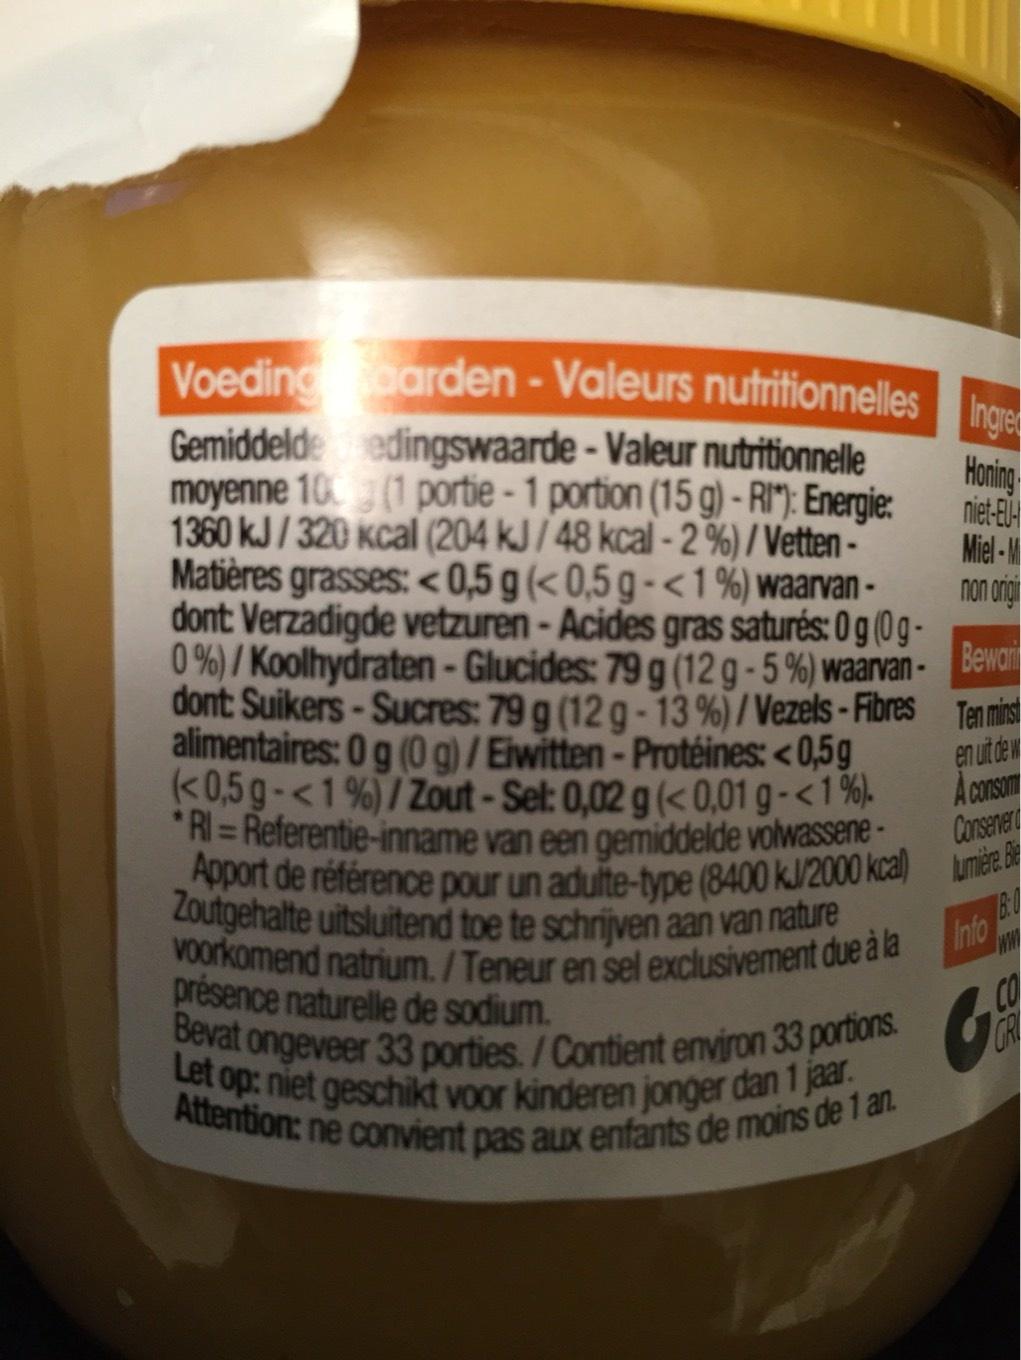
Voeding garden - Valeurs nutritionnelles
Gemiddelde edingswaarde - Valeur nutritionnelle moyenne 10 (1 portie - 1 portion (15 g) - RI*): Energie: 1360 kJ/320 kcal (204 kJ/48 kcal-2%)/VettenMatières grasses: <0,5 g (<0,5 g <1 %) waarvan - dont Verzadigde vetzuren-Acides gras saturés: 0g (0g0%)/Koolhydraten-Glucides: 79 g (12 g -5%) waarvan - dont Suikers-Sucres: 79 g (12 g -13%) / Vezels-Fibres alimentaires: 0 g (0 g) / Eiwitten - Protéines: <0,5g (<0,5 g <1%) / Zout-Sel: 0,02 g (<0,01 g-<1%). *RI = Referentie-inname van een gemiddelde volwasseneApport de référence pour un adulte-type (8400 kJ/2000 kcal) me Zoutgehalte uitsluitend toe te schrijven aan van nature voorkomend natrium./Teneur en sel exclusivement due à la
présence naturelle de sodium.
Bevat ongeveer 33 porties./Contient environ 33 portions. Let op: niet geschikt voor kinderen jonger dan 1 jaar. Attention: ne convient pas aux enfants de moins de 1 an.
Ingre
Honing
niet-EUMiel-M
non origi
Bewari
Ten minst
en uit de w
consom
Conserver
Info
B:0
ww
CO
GR